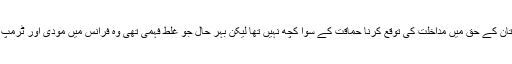
اب اس ڈونلڈ ٹرمپ سے صرف پاکستان کے حق میں مداخلت کی توقع کرنا حماقت کے سوا کچھ نہیں تھا لیکن بہر حال جو غلط فہمی تھی وہ فرانس میں مودی اور ٹرمپ ملاقات کے بعد دور ہوجانی چاہئے۔